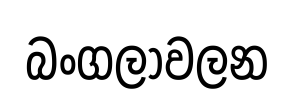
බංගලාවලන